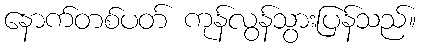
နောက်တစ်ပတ် ကုန်လွန်သွားပြန်သည်။